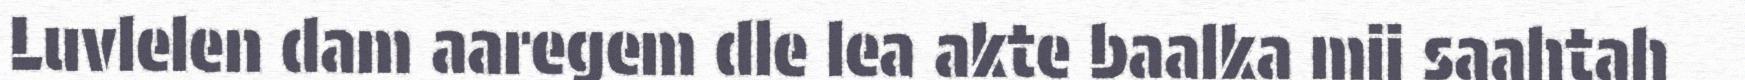
Luvlelen dam aaregem dle lea akte baalka mij saahtah